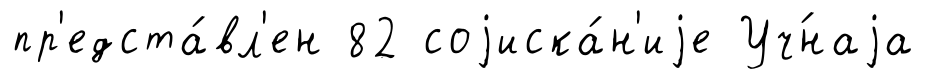
пр'едста́вл'ен 82 соjиска́н'иjе Уч́наjа